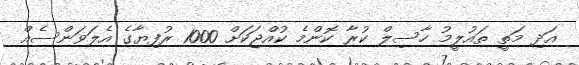
އަދި މަތީ ތައުލީމު ހާސިލް ކުރާ ކޮންމެ ކުއްޖަކަށް 1000 ރުފިޔާގެ އެލަވަންސެއް